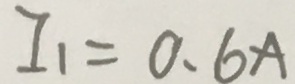
I _ { 1 } = 0 . 6 A